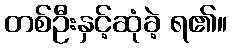
တစ်ဦးနှင့်ဆုံခဲ့ ရ၏။